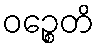
ဝဉ္စေတိ